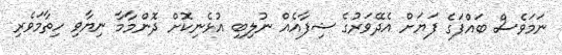
ނަމަވެސް ބައްޕަގެ ފަޔަށް އެދޭވަރުގެ ޝިފާއެއް ނުލިބި އުޅެނިކޮށް ދޮންމާމާ ނިޔާވި ހިތާމަވެރި